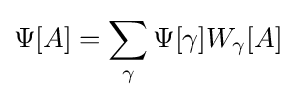
\Psi [A]=\sum _{\gamma }\Psi [\gamma ]W_{\gamma }[A]